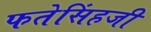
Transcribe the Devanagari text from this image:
फतेसिंहजी